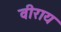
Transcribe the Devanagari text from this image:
वीराय